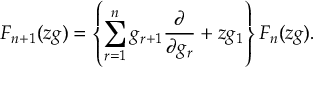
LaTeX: F _ { n + 1 } ( z g ) = \left\{ \sum _ { r = 1 } ^ { n } g _ { r + 1 } \frac { \partial } { \partial g _ { r } } + z g _ { 1 } \right\} F _ { n } ( z g ) .